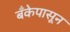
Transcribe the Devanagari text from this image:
बँकेपासून